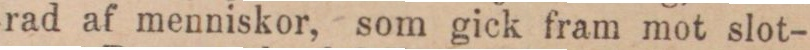
rad af menniskor, som gick fram mot slot-